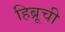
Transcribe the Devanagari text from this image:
हिब्रूची